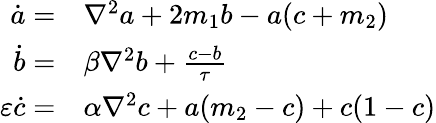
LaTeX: \begin{array}{rl}{\dot{a}=}&{{}\nabla^{2}a+2m_{1}b-a(c+m_{2})}\\ {\dot{b}=}&{{}\beta\nabla^{2}b+\frac{c-b}{\tau}}\\ {\varepsilon\dot{c}=}&{{}\alpha\nabla^{2}c+a(m_{2}-c)+c(1-c)}\end{array}